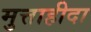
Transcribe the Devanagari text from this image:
मुत्ताहीदा